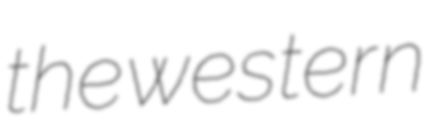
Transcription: the western